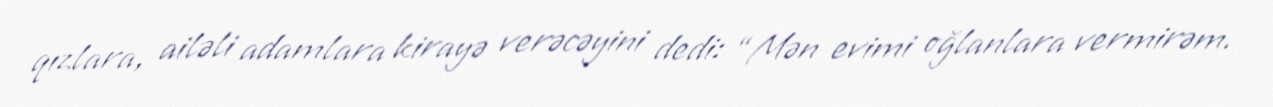
qızlara, ailəli adamlara kirayə verəcəyini dedi: “Mən evimi oğlanlara vermirəm.